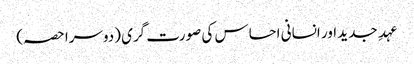
عہدِ جدید اور انسانی احساس کی صورت گری (دوسرا حصہ)